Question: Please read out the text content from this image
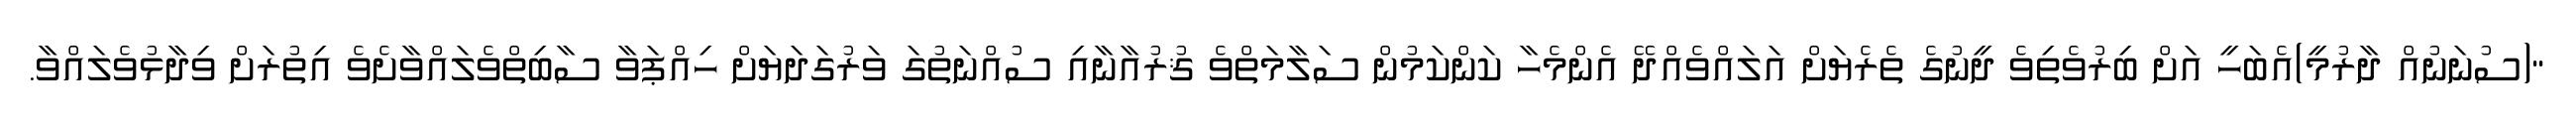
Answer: "(ސުނަނުއް ދާރުމީ)އެބަހީ އަށް ބިރުވެތިވެ ދީނުގެ ތެރެޔަށް އަލައްވެއްދޭ އެންމެހާ ކަންކަމުން ސަލާމަތްވެ ޤުރުއާނާއި ސުއްނަތުގަ ވަރުގަދަޔަށް ހިއްޕަވާ ސާބިތްވެލައްވާށެވެ އިތުރަށް ވިދާޅުވެލައްވާ.